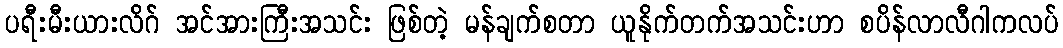
ပရီးမီးယားလိဂ် အင်အားကြီးအသင်း ဖြစ်တဲ့ မန်ချက်စတာ ယူနိုက်တက်အသင်းဟာ စပိန်လာလီဂါကလပ်